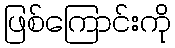
ဖြစ်ကြောင်းကို